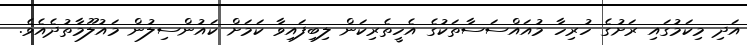
އަދި މިކަމުގައި ރަށުގެ ހުރިހާ މުއައްސަސާތަކުގެ އެހީތެރިކަން ލިބިފައިވާ ކަމަށް ކައުންސިލުން މައުލޫމާތުދެއެވެ.